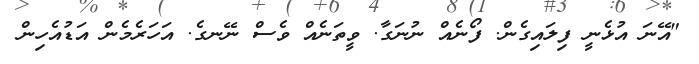
"އޭނަ އުޅެނީ ފިލައިގެން. ފޯނެއް ނުނަގާ. ވީތަނެއް ވެސް ނޭނގެ. އަހަރެމެން އަޑުއެހިން